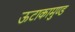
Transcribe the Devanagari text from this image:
ऊटाकामुण्ड